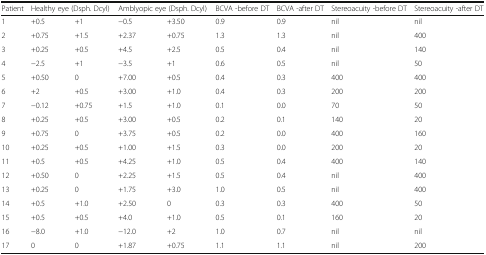
| Patient | <COLSPAN=2> Healthy eye (Dsph. Dcyl) | <COLSPAN=2> Amblyopic eye (Dsph. Dcyl) | BCVA -before DT | BCVA -after DT | Stereoacuity -before DT | Stereoacuity -after DT |
 | --- | --- | --- | --- | --- | --- | --- | --- | --- |
 | 1 | +0.5 | +1 | −0.5 | +3.50 | 0.9 | 0.9 | nil | nil |
 | 2 | +0.75 | +1.5 | +2.37 | +0.75 | 1.3 | 1.3 | nil | 400 |
 | 3 | +0.25 | +0.5 | +4.5 | +2.5 | 0.5 | 0.4 | nil | 140 |
 | 4 | −2.5 | +1 | −3.5 | +1 | 0.6 | 0.5 | nil | 50 |
 | 5 | +0.50 | 0 | +7.00 | +0.5 | 0.4 | 0.3 | 400 | 400 |
 | 6 | +2 | +0.5 | +3.00 | +1.0 | 0.4 | 0.3 | 200 | 200 |
 | 7 | −0.12 | +0.75 | +1.5 | +1.0 | 0.1 | 0.0 | 70 | 50 |
 | 8 | +0.25 | +0.5 | +3.00 | +0.5 | 0.2 | 0.1 | 140 | 20 |
 | 9 | +0.75 | 0 | +3.75 | +0.5 | 0.2 | 0.0 | 400 | 160 |
 | 10 | +0.25 | +0.5 | +1.00 | +1.5 | 0.3 | 0.0 | 200 | 20 |
 | 11 | +0.5 | +0.5 | +4.25 | +1.0 | 0.5 | 0.4 | 400 | 140 |
 | 12 | +0.50 | 0 | +2.25 | +1.5 | 0.5 | 0.4 | nil | 400 |
 | 13 | +0.25 | 0 | +1.75 | +3.0 | 1.0 | 0.5 | niI | 400 |
 | 14 | +0.5 | +1.0 | +2.50 | 0 | 0.3 | 0.3 | 400 | 50 |
 | 15 | +0.5 | +0.5 | +4.0 | +1.0 | 0.5 | 0.1 | 160 | 20 |
 | 16 | −8.0 | +1.0 | −12.0 | +2 | 1.0 | 0.7 | nil | nil |
 | 17 | 0 | 0 | +1.87 | +0.75 | 1.1 | 1.1 | nil | 200 |